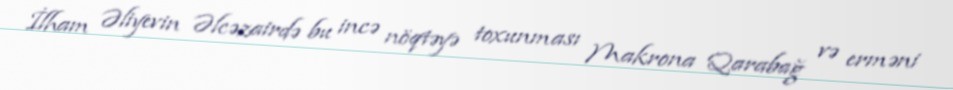
İlham Əliyevin Əlcəzairdə bu incə nöqtəyə toxunması Makrona Qarabağ və erməni